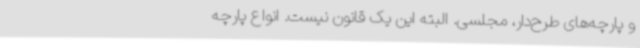
و پارچه‌های طرح‌دار، مجلسی‌. البته این یک قانون نیست. انواع پارچه